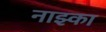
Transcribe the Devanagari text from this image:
नाझ्का